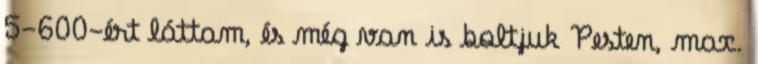
5-600-ért láttam, és még van is boltjuk Pesten, max.